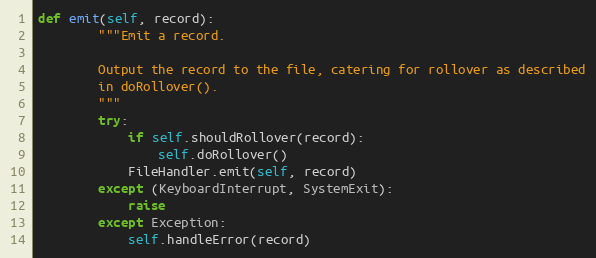
Language: Python
def emit(self, record):
        """Emit a record.

        Output the record to the file, catering for rollover as described
        in doRollover().
        """
        try:
            if self.shouldRollover(record):
                self.doRollover()
            FileHandler.emit(self, record)
        except (KeyboardInterrupt, SystemExit):
            raise
        except Exception:
            self.handleError(record)